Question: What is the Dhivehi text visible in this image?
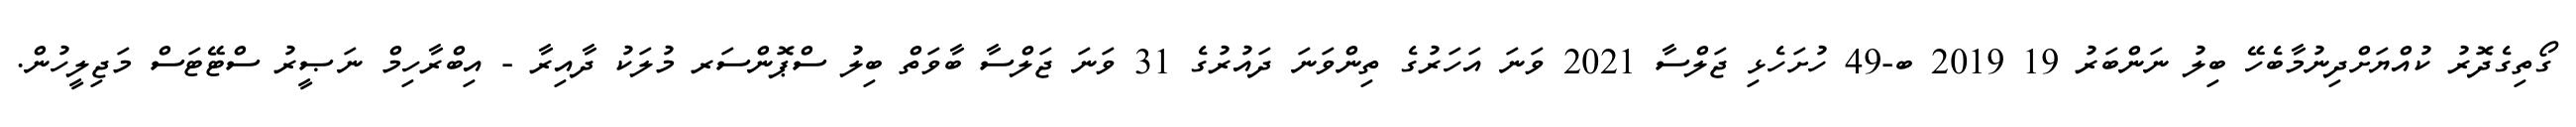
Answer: ގޯތިގެދޮރު ކުއްޔަށްދިނުމާބެހޭ ބިލު ނަންބަރު 19 2019 ބ-49 ހުށަހެޅި ޖަލްސާ 2021 ވަނަ އަހަރުގެ ތިންވަނަ ދައުރުގެ 31 ވަނަ ޖަލްސާ ބާވަތް ބިލު ސްޕޮންސަރ މުލަކު ދާއިރާ - އިބްރާހިމް ނަޞީރު ސްޓޭޓަސް މަޖިލީހުން.